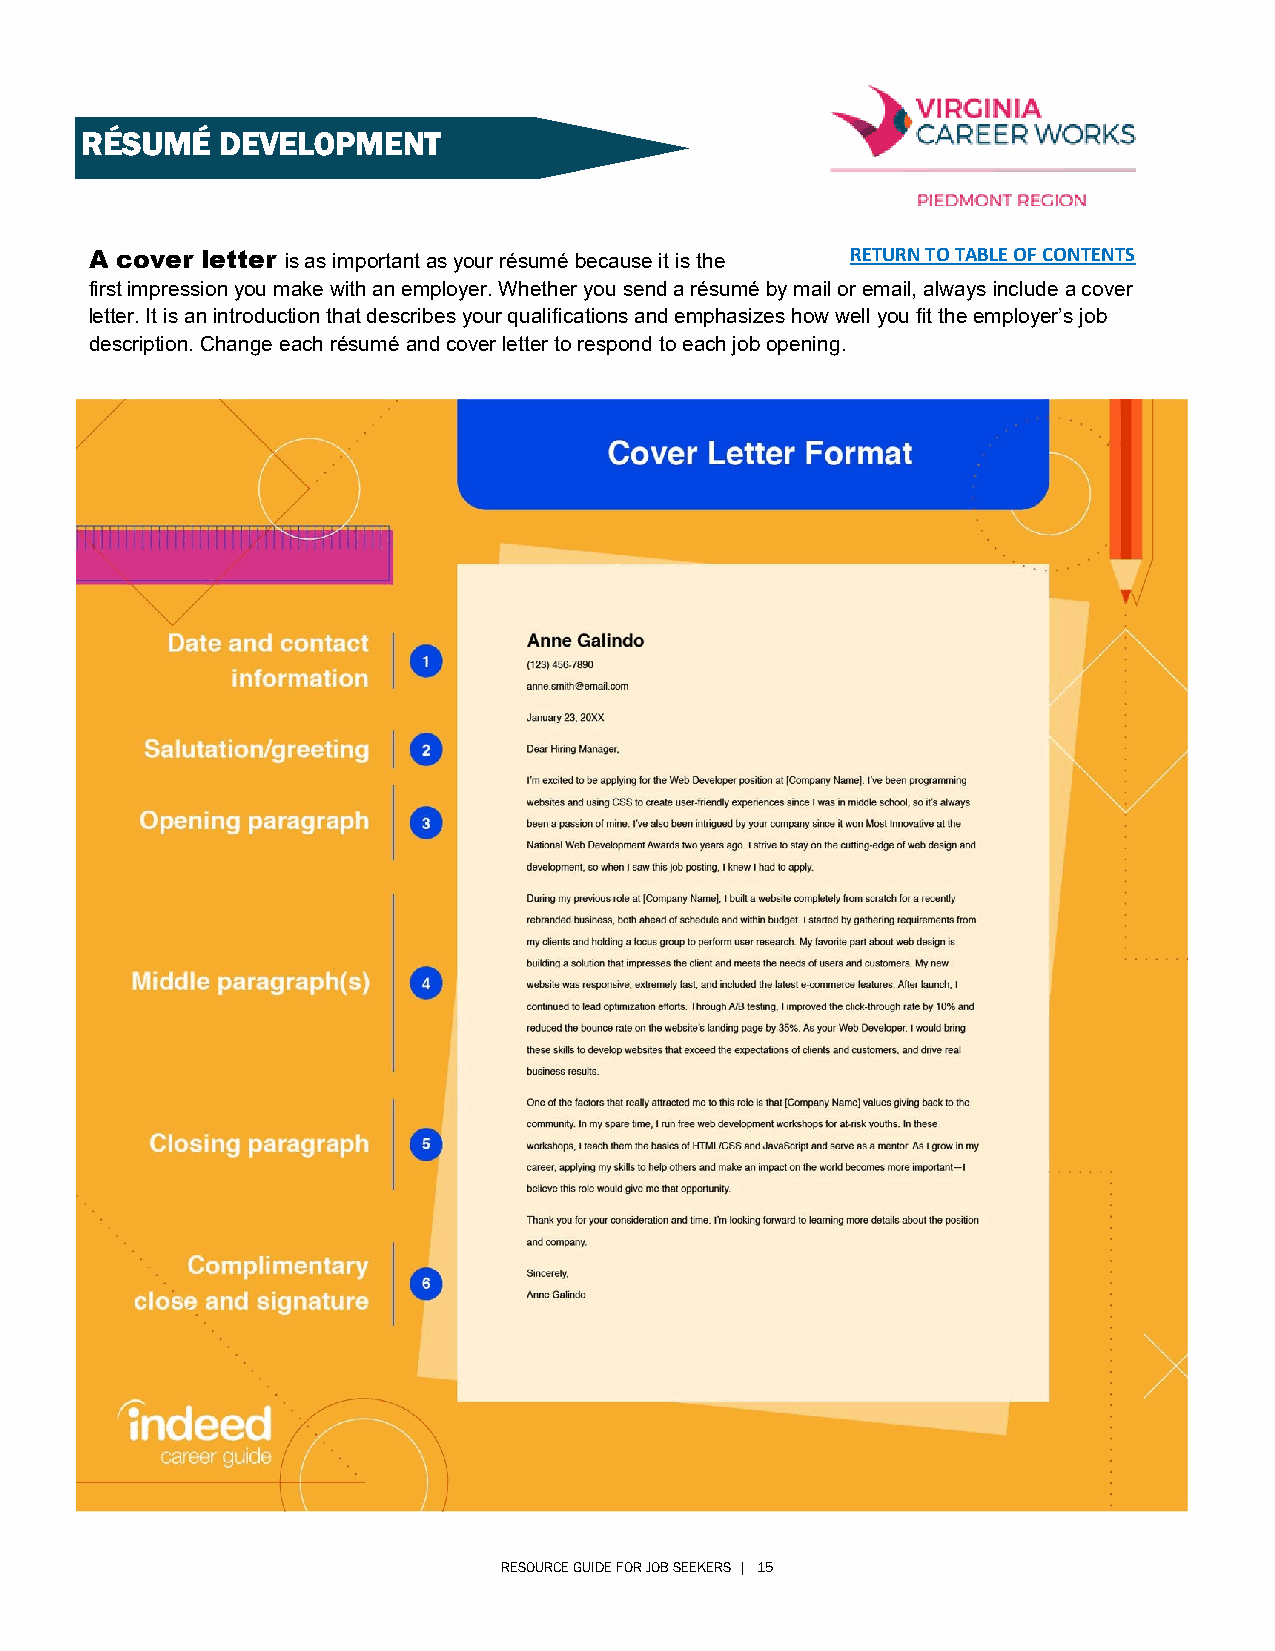
RÉSUMÉ    DEVELOPMENT
 A cover letter is as important as your résumé because it is the RETURN TO TABLE OF CONTENTS
 first impression you make with an employer. Whether you send a résumé by mail or email, always include a cover
 letter. It is an introduction that describes your qualifications and emphasizes how well you fit the employer’s job
 description. Change each résumé and cover letter to respond to each job opening.
 RESOURCE GUIDE FOR JOB SEEKERS | 15